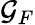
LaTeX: \mathcal{G}_{F}